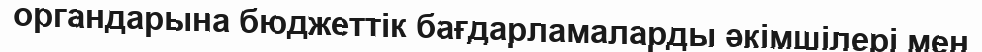
органдарына бюджеттік бағдарламаларды әкімшілері мен